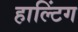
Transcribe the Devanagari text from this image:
हाल्टिंग